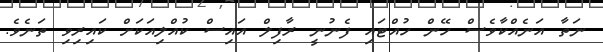
ނަތާ އަނެއްކާވެސް ހޭން ހުއްޓައި ފެނުނީ ރާފިލް އައިސް ކުއްލިއަކަށް ކައިރިވި ތަނެވެ.